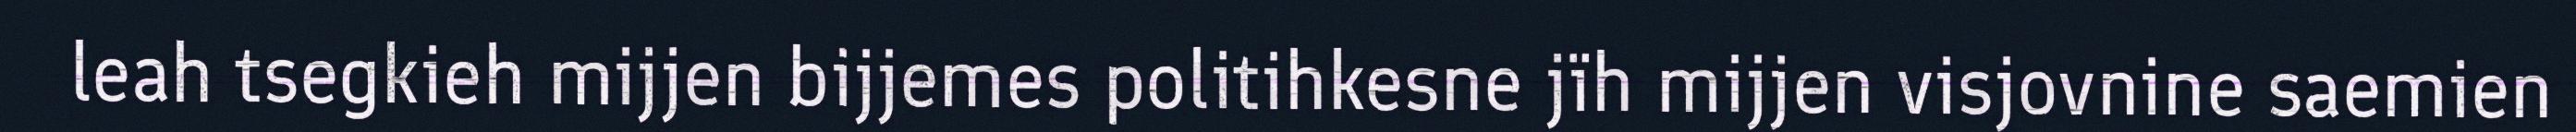
leah tsegkieh mijjen bijjemes politihkesne jïh mijjen visjovnine saemien